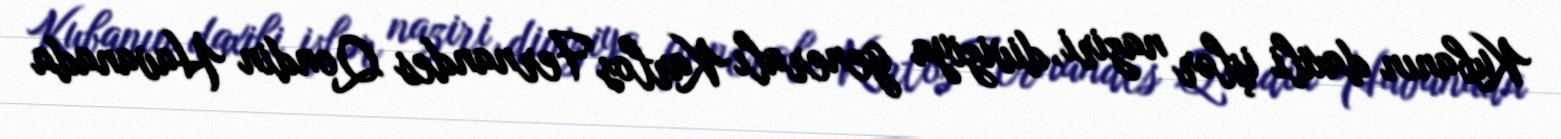
Kubanın daxili işlər naziri, diviziya generalı Karlos Fernandes Qondin Havanada